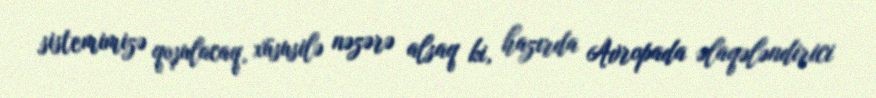
sistemimizə qoşulacaq, xüsusilə nəzərə alsaq ki, hazırda Avropada əlaqələndirici